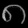
Digit: ၈